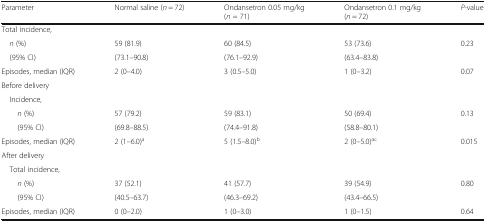
<table><thead><tr><td><b>Parameter</b></td><td><b>Normal saline (<i>n</i> = 72)</b></td><td><b>Ondansetron 0.05 mg/kg(<i>n</i> = 71)</b></td><td><b>Ondansetron 0.1 mg/kg(<i>n</i> = 72)</b></td><td><b><i>P-</i>value</b></td></tr></thead><tbody><tr><td colspan="5">Total incidence,</td></tr><tr><td> <i>n</i> (%)</td><td>59 (81.9)</td><td>60 (84.5)</td><td>53 (73.6)</td><td>0.23</td></tr><tr><td> (95% CI)</td><td>(73.1–90.8)</td><td>(76.1–92.9)</td><td>(63.4–83.8)</td><td></td></tr><tr><td>Episodes, median (IQR)</td><td>2 (0–4.0)</td><td>3 (0.5–5.0)</td><td>1 (0–3.2)</td><td>0.07</td></tr><tr><td colspan="5">Before delivery</td></tr><tr><td colspan="5"> Incidence,</td></tr><tr><td><i>n</i> (%)</td><td>57 (79.2)</td><td>59 (83.1)</td><td>50 (69.4)</td><td>0.13</td></tr><tr><td>(95% CI)</td><td>(69.8–88.5)</td><td>(74.4–91.8)</td><td>(58.8–80.1)</td><td></td></tr><tr><td>Episodes, median (IQR)</td><td>2 (1–6.0)<sup>a</sup></td><td>5 (1.5–8.0)<sup>b</sup></td><td>2 (0–5.0)<sup>ac</sup></td><td>0.015</td></tr><tr><td colspan="5">After delivery</td></tr><tr><td colspan="5"> Total incidence,</td></tr><tr><td><i>n</i> (%)</td><td>37 (52.1)</td><td>41 (57.7)</td><td>39 (54.9)</td><td>0.80</td></tr><tr><td>(95% CI)</td><td>(40.5–63.7)</td><td>(46.3–69.2)</td><td>(43.4–66.5)</td><td></td></tr><tr><td>Episodes, median (IQR)</td><td>0 (0–2.0)</td><td>1 (0–3.0)</td><td>1 (0–1.5)</td><td>0.64</td></tr></tbody></table>